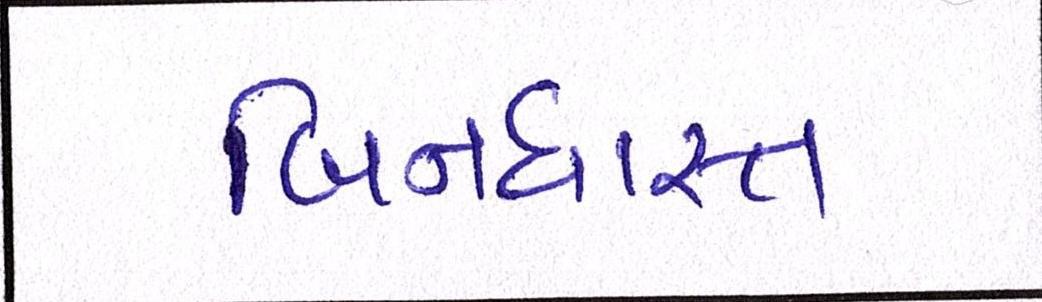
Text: બિનધાસ્ત